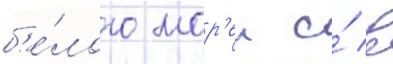
б'е́лого мор'еи и́ в